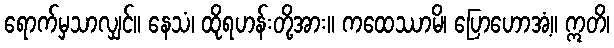
ရောက်မှသာလျှင်။ နေသံ၊ ထိုရဟန်းတို့အား။ ကထေဿာမိ၊ ပြောဟောအံ့။ ဣတိ၊